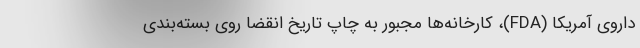
داروی آمریکا (FDA)، کارخانه‌ها مجبور به چاپ تاریخ انقضا روی بسته‌بندی